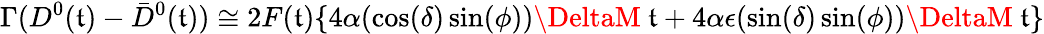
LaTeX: \Gamma(D^{0}(\mathfrak{t})-\bar{{D}}^{0}(\mathfrak{t}))\cong2F(\mathfrak{t})\{ 4\alpha(\cos(\delta)\sin(\phi))\DeltaM~\mathfrak{t}+4\alpha\epsilon(\sin(\delta)\sin(\phi))\DeltaM~\mathfrak{t}\}